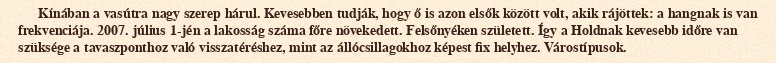
Kínában a vasútra nagy szerep hárul. Kevesebben tudják, hogy ő is azon elsők között volt, akik rájöttek: a hangnak is van frekvenciája. 2007. július 1-jén a lakosság száma főre növekedett. Felsőnyéken született. Így a Holdnak kevesebb időre van szüksége a tavaszponthoz való visszatéréshez, mint az állócsillagokhoz képest fix helyhez. Várostípusok.